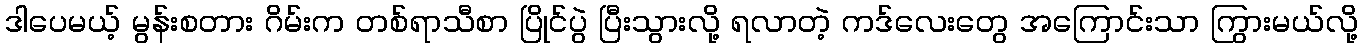
ဒါပေမယ့် မွန်းစတား ဂိမ်းက တစ်ရာသီစာ ပြိုင်ပွဲ ပြီးသွားလို့ ရလာတဲ့ ကဒ်လေးတွေ အကြောင်းသာ ကြွားမယ်လို့